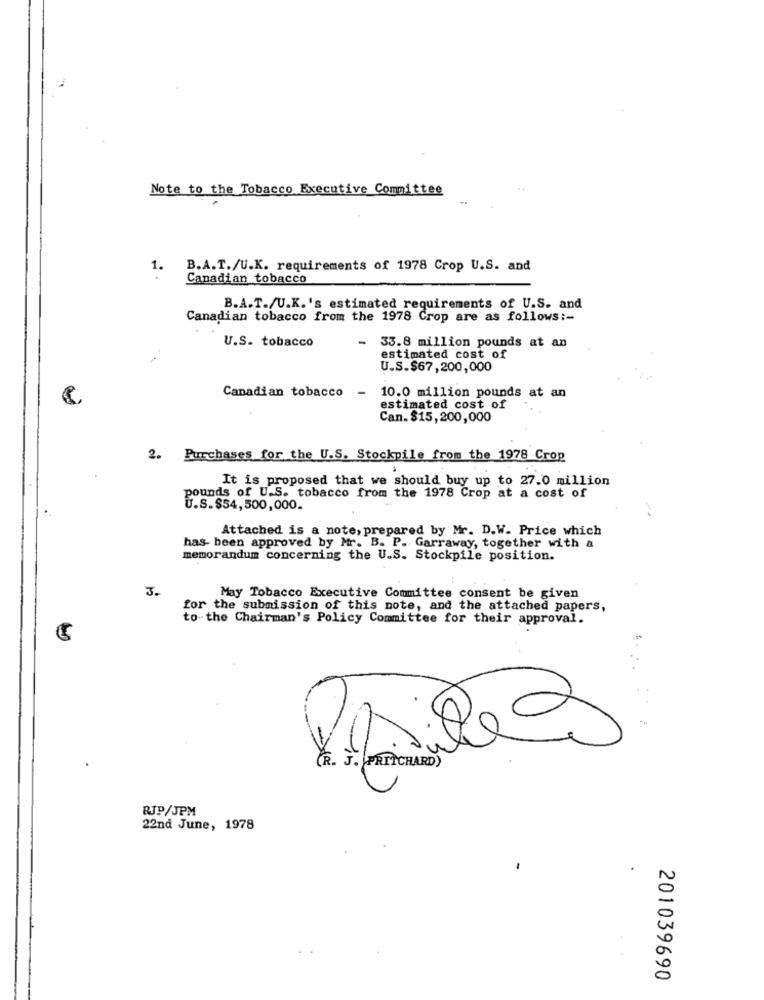
Note to the Tobacco Executive Committee
1.
B.A.T./U.K. requirements of 1978 Crop U.S. and
Canadian tobacco
B.A.T./U.K.'s estimated requirements of U.S. and
Canadian tobacco from the 1978 Crop are as follows :-
U.S. tobacco
-
33.8 million pounds at an
estimated cost of
U.S.$67,200,000
Canadian tobacco -
10.0 million pounds at an
estimated cost of
Can. $15, 200,000
2. Purchases for the U.S. Stockpile from the 1978 Crop
It is proposed that we should buy up to 27.0 million
pounds of U.S. tobacco from the 1978 Crop at a cost of
U.S.$54,500,000.
Attached is a note, prepared by Mr. D.W. Price which
has- been approved by Mr. B. P. Garraway, together with a
memorandum concerning the U.S. Stockpile position.
3.
May Tobacco Executive Committee consent be given
for the submission of this note, and the attached papers,
to the Chairman's Policy Committee for their approval.
(R. J. PRITCHARD)
RJP/JPM
22nd June, 1978
201039690